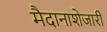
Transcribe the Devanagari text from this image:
मैदानाशेजारी